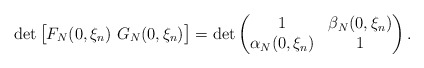
\begin{align*}\det \big[F_N(0,\xi_n)\,\,G_N(0,\xi_n)\big]= \det\begin{pmatrix}1& \beta_N(0,\xi_n) \\\alpha_N(0,\xi_n) &1\end{pmatrix}.\end{align*}